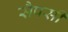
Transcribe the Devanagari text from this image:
सैपसी